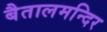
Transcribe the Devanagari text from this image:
बैतालमन्दिर